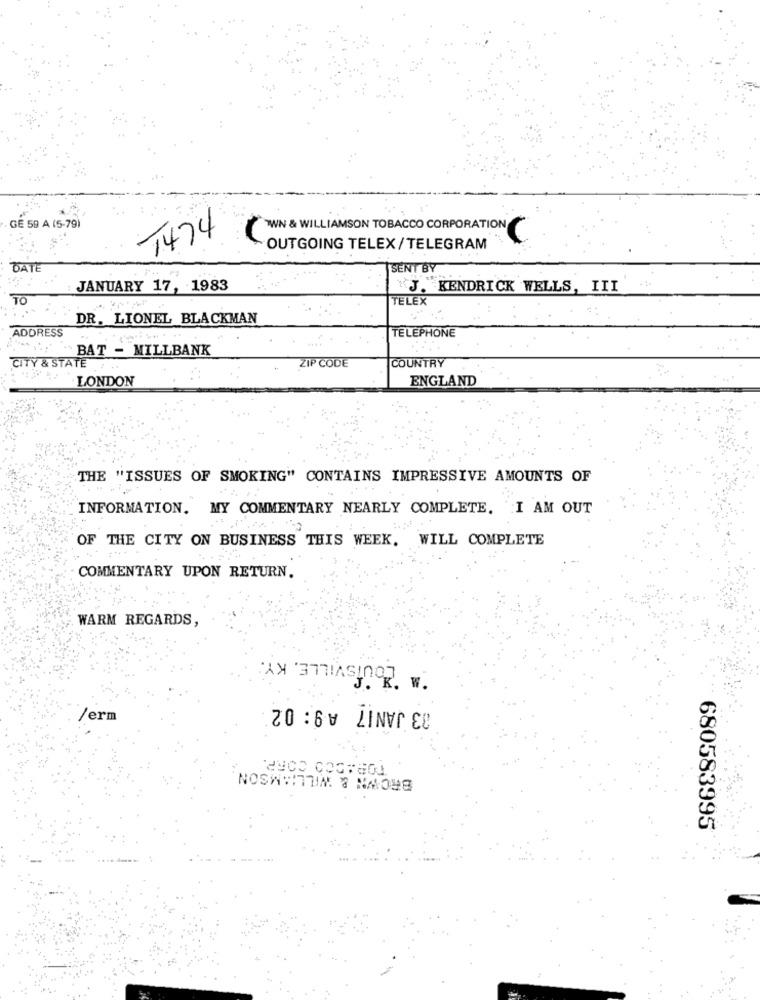
GE 59 A (5-79)
1474
TWIN & WILLIAMSON TOBACCO CORPORATION
OUTGOING TELEX/TELEGRAM
DATE
SENT BY
JANUARY 17, 1983
`J. KENDRICK WELLS, III
TO
TELEX
DR. LIONEL BLACKMAN
ADDRESS
TELEPHONE
BAT - MILLBANK
CITY & STATE
ZIP CODE
COUNTRY
LONDON
ENGLAND
THE "ISSUES OF SMOKING" CONTAINS IMPRESSIVE AMOUNTS OF
INFORMATION. MY COMMENTARY NEARLY COMPLETE. I AM OUT
OF THE CITY ON BUSINESS THIS WEEK. WILL COMPLETE
COMMENTARY UPON RETURN.
WARM REGARDS,
LOUISVILLE, KY.
33 JANI7 A9: 02
/erm
NOSWHITHIM @ NAONE
680583995